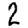
Digit: 2